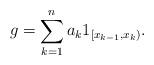
LaTeX: \begin{align*}g = \sum^n_{k=1} a_k 1_{[x_{k-1}, x_k)}.\end{align*}